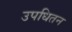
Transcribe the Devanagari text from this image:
उपधितन